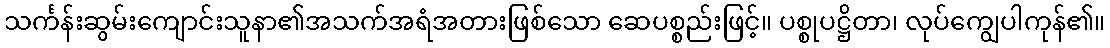
သင်္ကန်းဆွမ်းကျောင်းသူနာ၏အသက်အရံအတားဖြစ်သော ဆေပစ္စည်းဖြင့်။ ပစ္စုပဋ္ဌိတာ၊ လုပ်ကျွေပါကုန်၏။